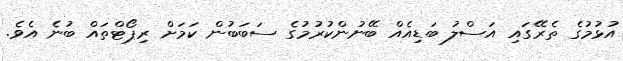
އުޅުމުގެ ތެރޭގައި އަސްލު ބަޑިއެއް ބޭނުންކުރުމުގެ ސަބަބުން ކަމަށް ރިޕޯޓްތައް ބުނެ އެވެ.